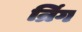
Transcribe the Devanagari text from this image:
न्रिंग